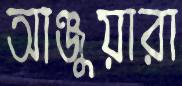
আঞ্জুয়ারা